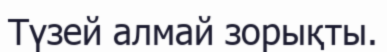
Түзей алмай зорықты.